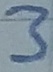
Text: 3